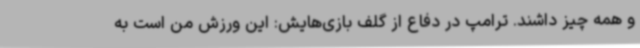
و همه چیز داشند. ترامپ در دفاع از گلف بازی‌هایش: این ورزش من است به